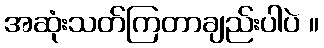
အဆုံးသတ်ကြတာချည်းပါပဲ ။